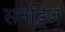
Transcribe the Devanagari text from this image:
सनड्रिज